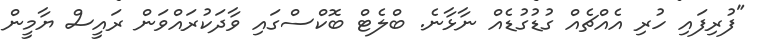
"ފުރިފައި ހުރި އެއްޗެެއް ގުޑުގުޑެއް ނާޅާނެ. ބްލެޓް ބޮކްސްގައި ވާދަކުރައްވަން ރައީސް ޔާމީން